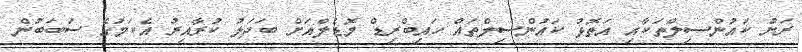
ރަށު ކައުންސިލްތަކާއި އަތޮޅު ކައުންސިލްތައް ހައިބްރިޑް މޮޑެލްއަށް ބަދަލު ކުރާއިރު އެކަމުގެ ސަބަބުން